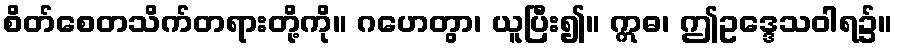
စိတ်စေတသိက်တရားတို့ကို။ ဂဟေတွာ၊ ယူပြီး၍။ ဣဓ၊ ဤဥဒ္ဒေသဝါရ၌။